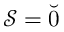
\mathcal { S } = \breve { 0 }